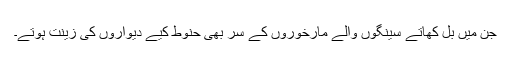
جن میں بل کھاتے سینگوں والے مارخوروں کے سر بھی حنوط کیے دیواروں کی زینت ہوتے۔